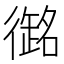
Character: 𭜇